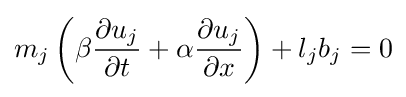
m_{j}\left(\beta {\frac {\partial u_{j}}{\partial t}}+\alpha {\frac {\partial u_{j}}{\partial x}}\right)+l_{j}b_{j}=0